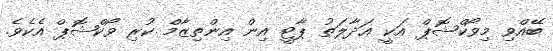
ބޭއްވި މިވޯކްޝޮޕް އަކީ ޢަދާލަތު ޕާޓީ އިން އިންތިޒާމް ކުރި ވޯކްޝޮޕް އެކެވެ.